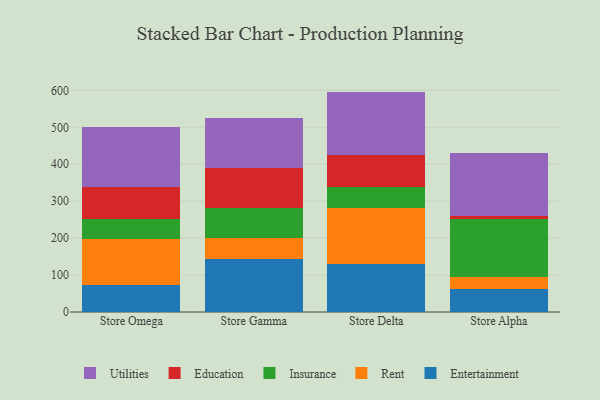
{"axis": {"x": "Store", "y": "Shipments"}, "legend": ["Education", "Entertainment", "Insurance", "Rent", "Utilities"], "data": [{"x": "Store Omega", "y": 73.2, "type": "Entertainment"}, {"x": "Store Omega", "y": 124.5, "type": "Rent"}, {"x": "Store Omega", "y": 54.9, "type": "Insurance"}, {"x": "Store Omega", "y": 85.8, "type": "Education"}, {"x": "Store Omega", "y": 162.1, "type": "Utilities"}, {"x": "Store Gamma", "y": 143.9, "type": "Entertainment"}, {"x": "Store Gamma", "y": 57.2, "type": "Rent"}, {"x": "Store Gamma", "y": 80.2, "type": "Insurance"}, {"x": "Store Gamma", "y": 108.2, "type": "Education"}, {"x": "Store Gamma", "y": 134.7, "type": "Utilities"}, {"x": "Store Delta", "y": 130.4, "type": "Entertainment"}, {"x": "Store Delta", "y": 150.9, "type": "Rent"}, {"x": "Store Delta", "y": 56.1, "type": "Insurance"}, {"x": "Store Delta", "y": 86.9, "type": "Education"}, {"x": "Store Delta", "y": 172.4, "type": "Utilities"}, {"x": "Store Alpha", "y": 62.2, "type": "Entertainment"}, {"x": "Store Alpha", "y": 32.6, "type": "Rent"}, {"x": "Store Alpha", "y": 157.4, "type": "Insurance"}, {"x": "Store Alpha", "y": 7.8, "type": "Education"}, {"x": "Store Alpha", "y": 171.4, "type": "Utilities"}]}